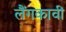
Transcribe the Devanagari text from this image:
लैंगकावी